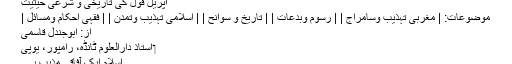
اپریل فول کی تاریخی و شرعی حیثیت
موضوعات: | مغربی تہذیب وسامراج | | رسوم وبدعات | | تاریخ و سوانح | | اسلامی تہذیب وتمدن | | فقہی احکام ومسائل |
از: ابوجندل قاسمی
‏ استاذ دارالعلوم ٹانڈہ، رامپور، یوپی
اسلام ایک آفاقی مذہب ہے۔